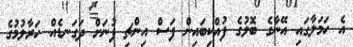
އެ ހަމަލާގައި އޭނާގެ ބޮލުގެ ފުއްކިބައިން ފަސް އިންޗި ފުނަށް ދަގަނޑެއް ހަރާލުމުގެ